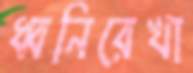
ধ্বনিরেখা